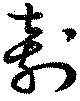
刳